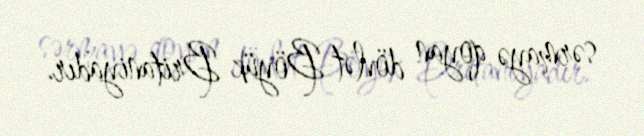
sərmayə qoyan dövlət Böyük Britaniyadır.